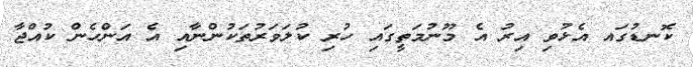
ކޮނޑުގައ އެޅުވި އިރު އެ މޫނުމަތީގައި ހުރި ކުލަވަރުތަކުންނާއި އެ އަންހެން ކުއްޖާ